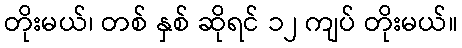
တိုးမယ်၊ တစ် နှစ် ဆိုရင် ၁၂ ကျပ် တိုးမယ်။